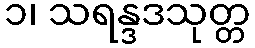
၁၊ သရန္ဒဒသုတ္တ